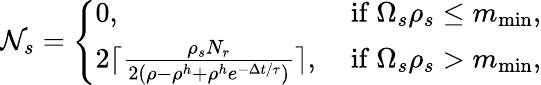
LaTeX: \mathcal{N}_{s}=\left\{ \begin{array}{ll}{0,}&{\mathrm{~if~}\Omega_{s}\rho_{s}\leq m_{\operatorname*{min}},}\\ {2\lceil\frac{\rho_{s}N_{r}}{2(\rho-\rho^{h}+\rho^{h}e^{-\Delta t/\tau})}\rceil,}&{\mathrm{~if~}\Omega_{s}\rho_{s}>m_{\operatorname*{min}},}\end{array}\right.